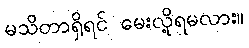
မသိတာရှိရင် မေးလို့ရမလား။